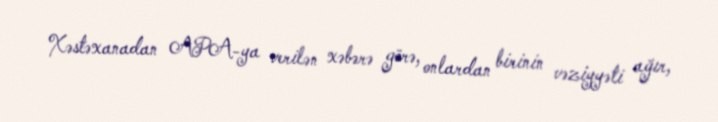
Xəstəxanadan APA-ya verilən xəbərə görə, onlardan birinin vəziyyəti ağır,